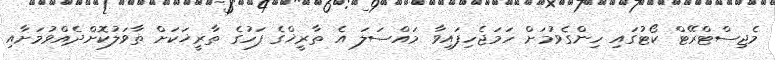
މެޖިސްޓްރޭޓް ކޯޓުގައި ހިންގެވުމަށް ހަމަޖެހިފައިވާ މައްސަލަ އެ ތާރީޚްގެ ފަހުގެ ތާރީޚަކަށް ތާވަލުކޮށްދެއްވުމަށާއި